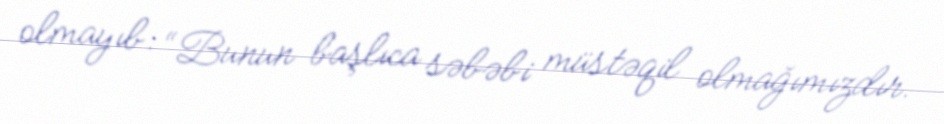
olmayıb: “Bunun başlıca səbəbi müstəqil olmağımızdır.